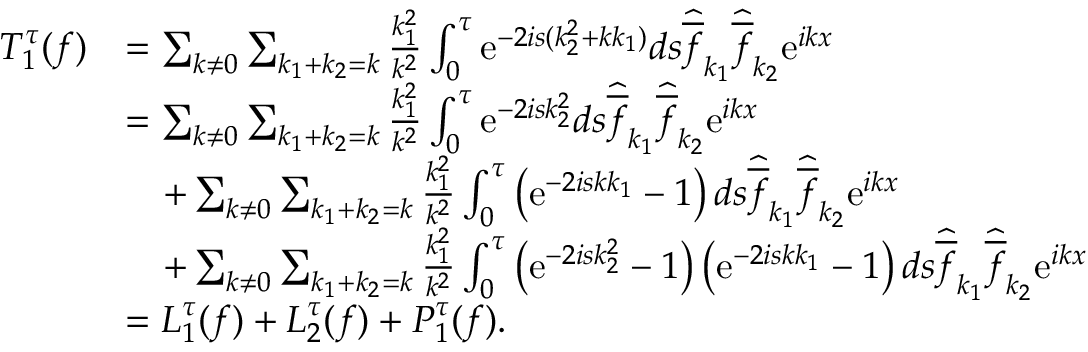
\begin{array} { r l } { T _ { 1 } ^ { \tau } ( f ) } & { = \sum _ { k \not = 0 } \sum _ { k _ { 1 } + k _ { 2 } = k } \frac { k _ { 1 } ^ { 2 } } { k ^ { 2 } } \int _ { 0 } ^ { \tau } \mathrm { e } ^ { - 2 i s ( k _ { 2 } ^ { 2 } + k k _ { 1 } ) } d s \widehat { \overline { { f } } } _ { k _ { 1 } } \widehat { \overline { { f } } } _ { k _ { 2 } } \mathrm { e } ^ { i k x } } \\ & { = \sum _ { k \not = 0 } \sum _ { k _ { 1 } + k _ { 2 } = k } \frac { k _ { 1 } ^ { 2 } } { k ^ { 2 } } \int _ { 0 } ^ { \tau } \mathrm { e } ^ { - 2 i s k _ { 2 } ^ { 2 } } d s \widehat { \overline { { f } } } _ { k _ { 1 } } \widehat { \overline { { f } } } _ { k _ { 2 } } \mathrm { e } ^ { i k x } } \\ & { \quad + \sum _ { k \not = 0 } \sum _ { k _ { 1 } + k _ { 2 } = k } \frac { k _ { 1 } ^ { 2 } } { k ^ { 2 } } \int _ { 0 } ^ { \tau } \left( \mathrm { e } ^ { - 2 i s k k _ { 1 } } - 1 \right) d s \widehat { \overline { { f } } } _ { k _ { 1 } } \widehat { \overline { { f } } } _ { k _ { 2 } } \mathrm { e } ^ { i k x } } \\ & { \quad + \sum _ { k \not = 0 } \sum _ { k _ { 1 } + k _ { 2 } = k } \frac { k _ { 1 } ^ { 2 } } { k ^ { 2 } } \int _ { 0 } ^ { \tau } \big ( \mathrm { e } ^ { - 2 i s k _ { 2 } ^ { 2 } } - 1 \big ) \left( \mathrm { e } ^ { - 2 i s k k _ { 1 } } - 1 \right) d s \widehat { \overline { { f } } } _ { k _ { 1 } } \widehat { \overline { { f } } } _ { k _ { 2 } } \mathrm { e } ^ { i k x } } \\ & { = L _ { 1 } ^ { \tau } ( f ) + L _ { 2 } ^ { \tau } ( f ) + P _ { 1 } ^ { \tau } ( f ) . } \end{array}